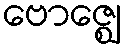
ဗောဇ္ဈေ